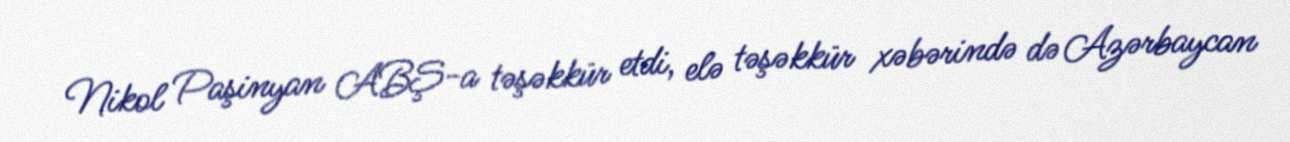
Nikol Paşinyan ABŞ-a təşəkkür etdi, elə təşəkkür xəbərində də Azərbaycan